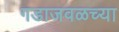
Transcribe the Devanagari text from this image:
गडाजवळच्या